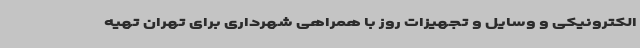
الکترونیکی و وسایل و تجهیزات روز با همراهی شهرداری برای تهران تهیه